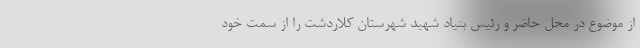
از موضوع در محل حاضر و رئیس بنیاد شهید شهرستان کلاردشت را از سمت خود